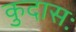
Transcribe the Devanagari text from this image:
कुदासः